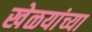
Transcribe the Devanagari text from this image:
खेळयांच्या